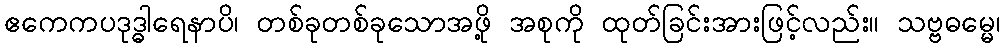
ဧကေကပဒုဒ္ဓါရေနာပိ၊ တစ်ခုတစ်ခုသောအဖို့ အစုကို ထုတ်ခြင်းအားဖြင့်လည်း။ သဗ္ဗဓမ္မေ၊